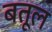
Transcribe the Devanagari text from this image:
बतूल